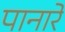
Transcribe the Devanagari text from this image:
पानारे